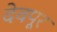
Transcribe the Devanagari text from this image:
देवपूर